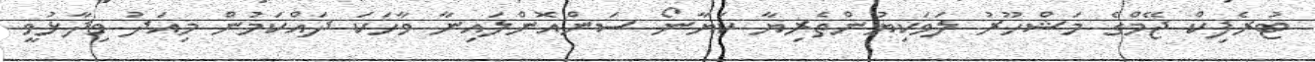
ޓުރެފިކް ޖޭމްގެ މަޝްހޫރު ލަވަކިޔުންތެރިޔާ ކަޔާނޯ ސަންއޮންލައިނާ ވާހަކަ ދައްކަމުން މިއަދު ވިދާޅުވީ